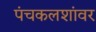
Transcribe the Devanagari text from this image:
पंचकलशांवर